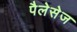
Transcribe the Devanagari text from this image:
पैलेसेज